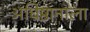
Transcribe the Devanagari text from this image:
अधिष्ठानाला